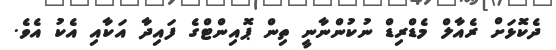
ދެކޮޅަށް ރެއާލް މެޑްރިޑް ނުކުންނާނީ ތިން ޕޮއިންޓްގެ ފައިދާ އަކާއި އެކު އެވެ.